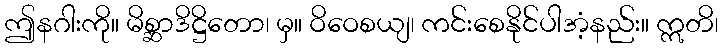
ဤနဂါးကို။ မိစ္ဆာဒိဋ္ဌိတော၊ မှ။ ဝိဝေစယျ၊ ကင်းစေနိုင်ပါအံ့နည်း။ ဣတိ၊